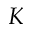
K